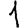
Digit: 1